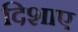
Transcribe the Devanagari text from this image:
दिशाए